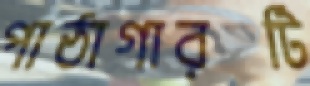
পাঠাগারটি